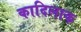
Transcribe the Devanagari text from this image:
कादिलाक